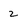
Character: 2